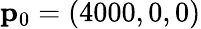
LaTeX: \mathbf{p}_{0}=(4000,0,0)